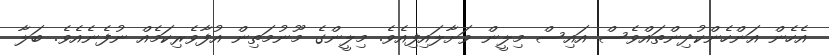
އެހެން އަންހެންކުދިންތައްވެސް އައިސް މިލީން ވަށާލައިފިއެވެ. މިލީންގެ މޫނުމަތިން އުފާވެރިކަމެއް ނުފެނެއެވެ. ބަލާ